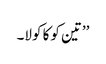
’’تین کوکا کولا۔